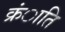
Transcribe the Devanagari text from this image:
क्रंाति